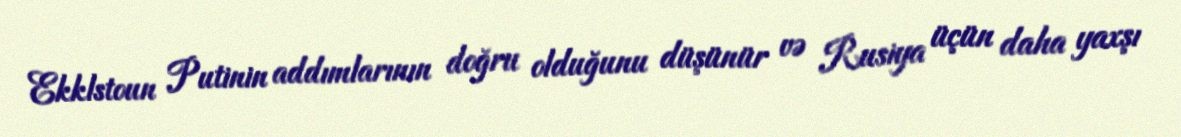
Ekklstoun Putinin addımlarının doğru olduğunu düşünür və Rusiya üçün daha yaxşı